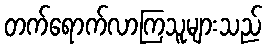
တက်ရောက်လာကြသူများသည်